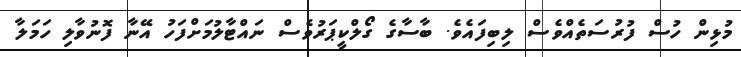
މުޅިން ހުސް ފުރުސަތެއްވެސް ލިބިފައެވެ. ބާސާގެ ގޯލްކީޕަރުވެސް ނައްޓާލުމަށްފަހު އޭނާ ފޮނުވާލި ހަމަލާ